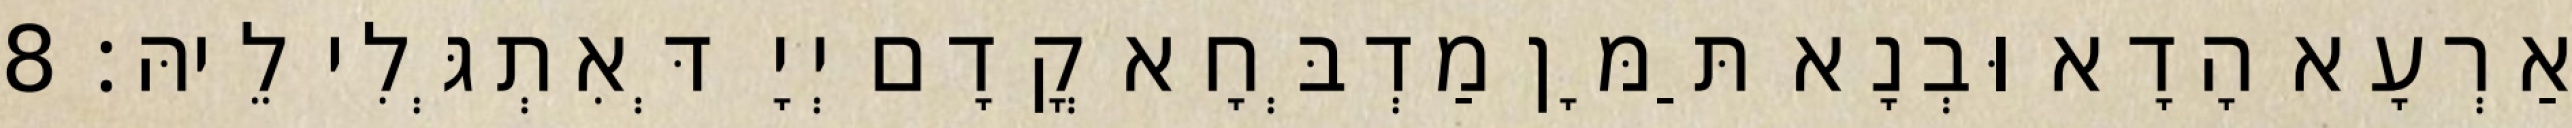
אַרְעָא הָדָא וּבְנָא תַּמָּן מַדְבְּחָא קֳדָם יְיָ דְּאִתְגְּלִי לֵיהּ׃ 8